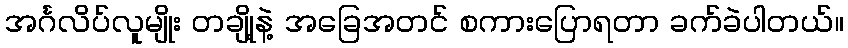
အင်္ဂလိပ်လူမျိုး တချို့နဲ့ အခြေအတင် စကားပြောရတာ ခက်ခဲပါတယ်။